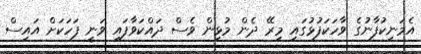
އެމަނިކުފާނުގެ ވާހަކަފުޅުގައި މިރޭ ދެން މުޅިން ވެސް ދައްކަވާފައި ވަނީ ފަހަކަށް އައިސް